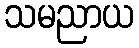
သမညာယ